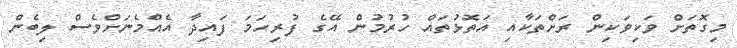
މިގޮތަށް ވަކިވަކިން ރަށްތަކާއި އަތޮޅުތައް ހުރުމުން އޭގެ ފުރިހަމަ ފައިދާ އެއްމެނަށްވެސް ލިބެން